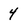
Character: 4